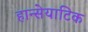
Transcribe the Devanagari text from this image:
हान्सेयाटिक